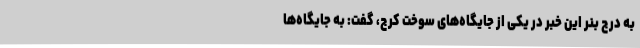
به درج بنر این خبر در یکی از جایگاه‌های سوخت کرج، گفت: به جایگاه‌ها